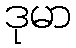
ဒုမာ